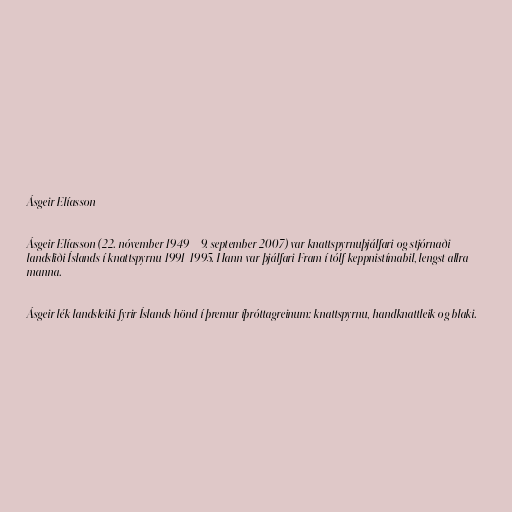
Ásgeir Elíasson

Ásgeir Elíasson (22. nóvember 1949 – 9. september 2007) var knattspyrnuþjálfari og stjórnaði
landsliði Íslands í knattspyrnu 1991-1995. Hann var þjálfari Fram í tólf keppnistímabil, lengst allra
manna.

Ásgeir lék landsleiki fyrir Íslands hönd í þremur íþróttagreinum: knattspyrnu, handknattleik og blaki.